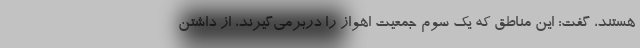
هستند، گفت: این مناطق که یک سوم جمعیت اهواز را دربرمی‌گیرند، از داشتن